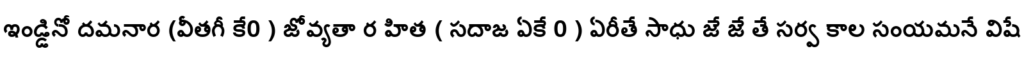
ఇండ్డినో దమనార (వీతగీ కే0 ) జోవ్యతా ర హిత ( సదాజ ఏకే 0 ) ఏరీతే సాధు జే జే తే సర్వ కాల సంయమనే విషే